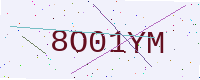
Text: 8O01YM